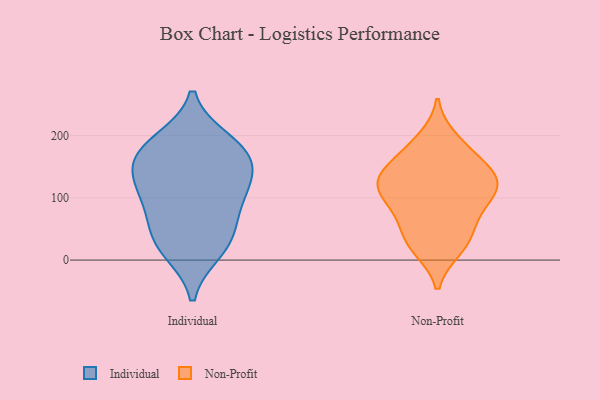
{"axis": {"x": "Energy Usage (MWh)", "y": "Value"}, "legend": ["Individual", "Non-Profit"], "data": [{"x": "", "y": 101, "type": "Individual"}, {"x": "", "y": 161, "type": "Individual"}, {"x": "", "y": 133, "type": "Individual"}, {"x": "", "y": 105, "type": "Individual"}, {"x": "", "y": 138, "type": "Individual"}, {"x": "", "y": 182, "type": "Individual"}, {"x": "", "y": 191, "type": "Individual"}, {"x": "", "y": 70, "type": "Individual"}, {"x": "", "y": 25, "type": "Individual"}, {"x": "", "y": 172, "type": "Individual"}, {"x": "", "y": 41, "type": "Individual"}, {"x": "", "y": 15, "type": "Individual"}, {"x": "", "y": 141, "type": "Non-Profit"}, {"x": "", "y": 50, "type": "Non-Profit"}, {"x": "", "y": 126, "type": "Non-Profit"}, {"x": "", "y": 126, "type": "Non-Profit"}, {"x": "", "y": 40, "type": "Non-Profit"}, {"x": "", "y": 21, "type": "Non-Profit"}, {"x": "", "y": 19, "type": "Non-Profit"}, {"x": "", "y": 164, "type": "Non-Profit"}, {"x": "", "y": 194, "type": "Non-Profit"}, {"x": "", "y": 178, "type": "Non-Profit"}, {"x": "", "y": 132, "type": "Non-Profit"}, {"x": "", "y": 97, "type": "Non-Profit"}, {"x": "", "y": 112, "type": "Non-Profit"}, {"x": "", "y": 77, "type": "Non-Profit"}, {"x": "", "y": 91, "type": "Non-Profit"}, {"x": "", "y": 128, "type": "Non-Profit"}]}